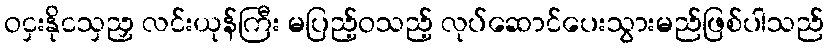
ဝငှးနိုငသှညှ လင်းယုန်ကြီး မပြည့်ဝသည့် လုပ်ဆောင်ပေးသွားမည်ဖြစ်ပါသည်